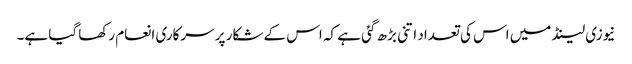
نیوزی لینڈ میں اس کی تعداد اتنی بڑھ گئی ہے کہ اس کے شکار پر سرکاری انعام رکھا گیا ہے۔